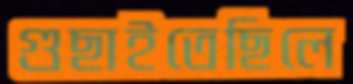
গুছাইতেছিলে